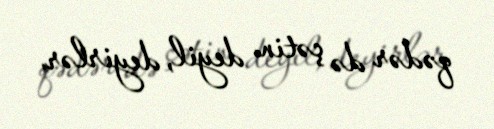
qədər də çətin deyil, deyirlər.